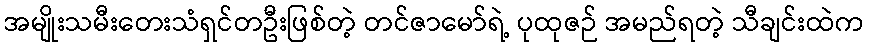
အမျိုးသမီးတေးသံရှင်တဦးဖြစ်တဲ့ တင်ဇာမော်ရဲ့ ပုထုဇဉ် အမည်ရတဲ့ သီချင်းထဲက